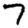
Digit: 7